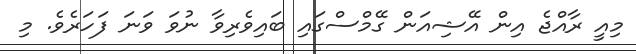
މިއީ ރާއްޖެ އިން އޭޝިއަން ގޭމްސްގައި ބައިވެރިވާ ނުވަ ވަނަ ފަހަރެވެ. މި